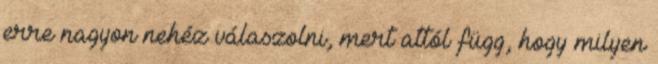
erre nagyon nehéz válaszolni, mert attól függ, hogy milyen